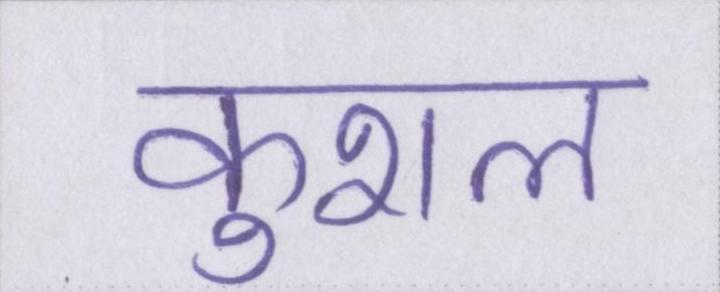
कुशल